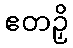
ဧတဉှိ